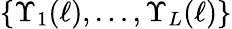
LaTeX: \{ \Upsilon_{1}(\ell),\ldots,\Upsilon_{L}(\ell)\}